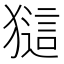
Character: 𤡖